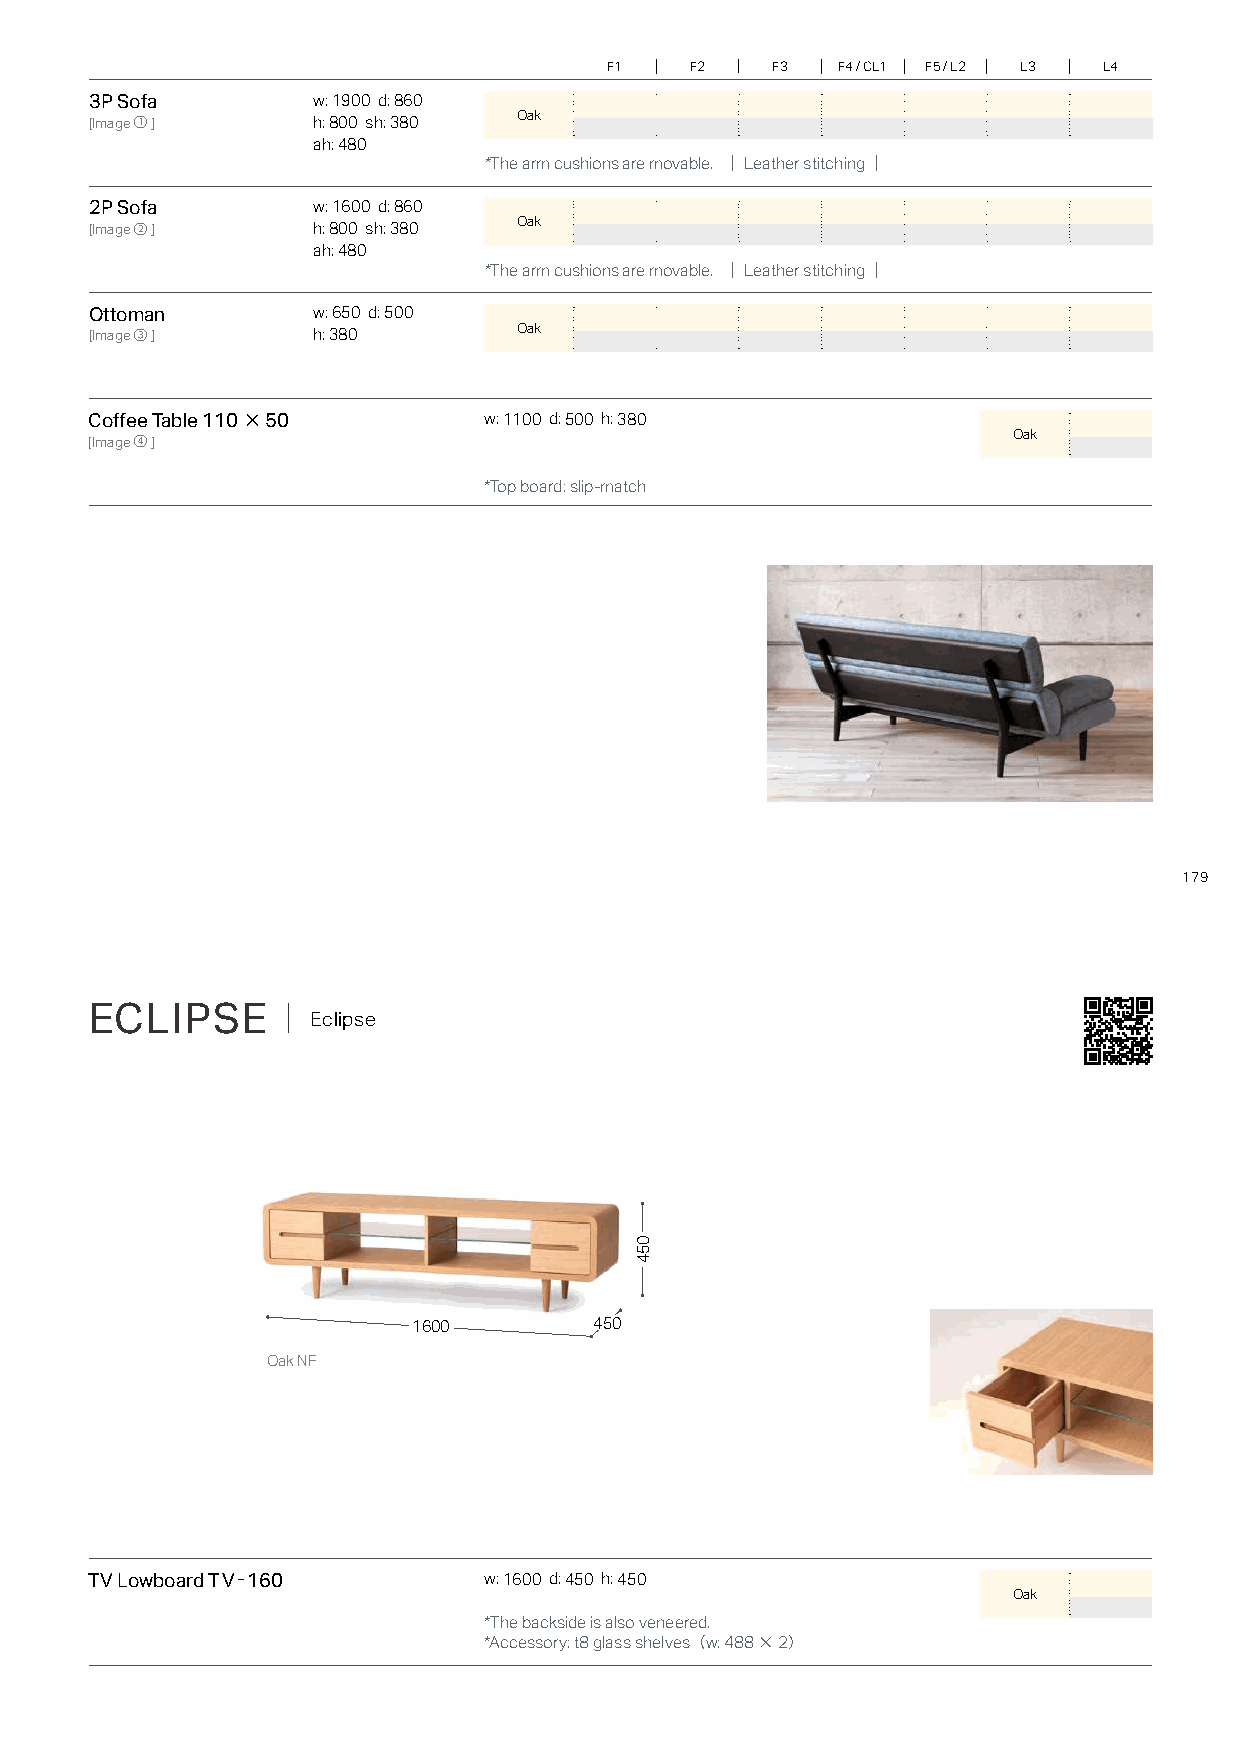
F1    F2   F3  F4 / CL1 F5 / L2 L3 L4
 3P Sofa        w: 1900 d: 860
 Oak
 [Image①]       h: 800 sh: 380
 ah: 480
 *The arm cushions are movable. ｜Leather stitching｜
 2P Sofa        w: 1600 d: 860
 Oak
 [Image②]       h: 800 sh: 380
 ah: 480
 *The arm cushions are movable. ｜Leather stitching｜
 Ottoman        w: 650 d: 500
 Oak
 [Image③]       h: 380
 Coffee Table 110×50       w: 1100 d: 500 h: 380
 Oak
 [Image④]
 *Top board: slip-match
 179
 ECLIPSE      ｜ Eclipse
 1600        450
 Oak NF
 TV Lowboard TV-160        w: 1600 d: 450 h: 450
 Oak
 *The backside is also veneered.
 *Accessory: t8 glass shelves（w: 488×2）
 054